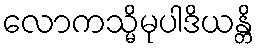
လောကသ္မိမုပါဒိယန္တိ